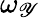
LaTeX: \omega_{\mathscr{Y}}